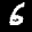
Label: 6